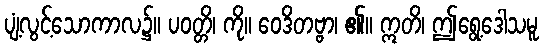
ပျံ့လွင့်သောကာလ၌။ ပဝတ္တိ၊ ကို။ ဝေဒိတဗ္ဗာ၊ ၏။ ဣတိ၊ ဤရွေ့ဒေါသမူ